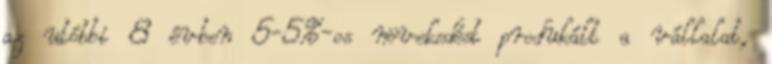
az utóbbi 8 évben 5-5%-os növekedést produkált a vállalat,